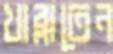
খাব্‌লাতেন